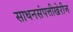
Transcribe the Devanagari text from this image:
साधनसंपत्तीखेरीज